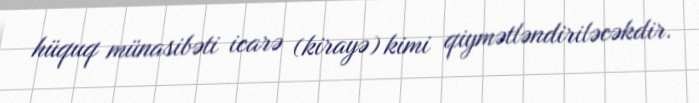
hüquq münasibəti icarə (kirayə) kimi qiymətləndiriləcəkdir.